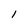
Character: l